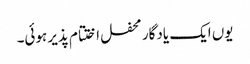
یوں ایک یادگار محفل اختتام پذیر ہوئی۔